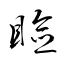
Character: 瞼